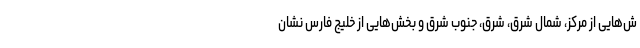
ش‌هایی از مرکز، شمال شرق، شرق، جنوب شرق و بخش‌هایی از خلیج فارس نشان